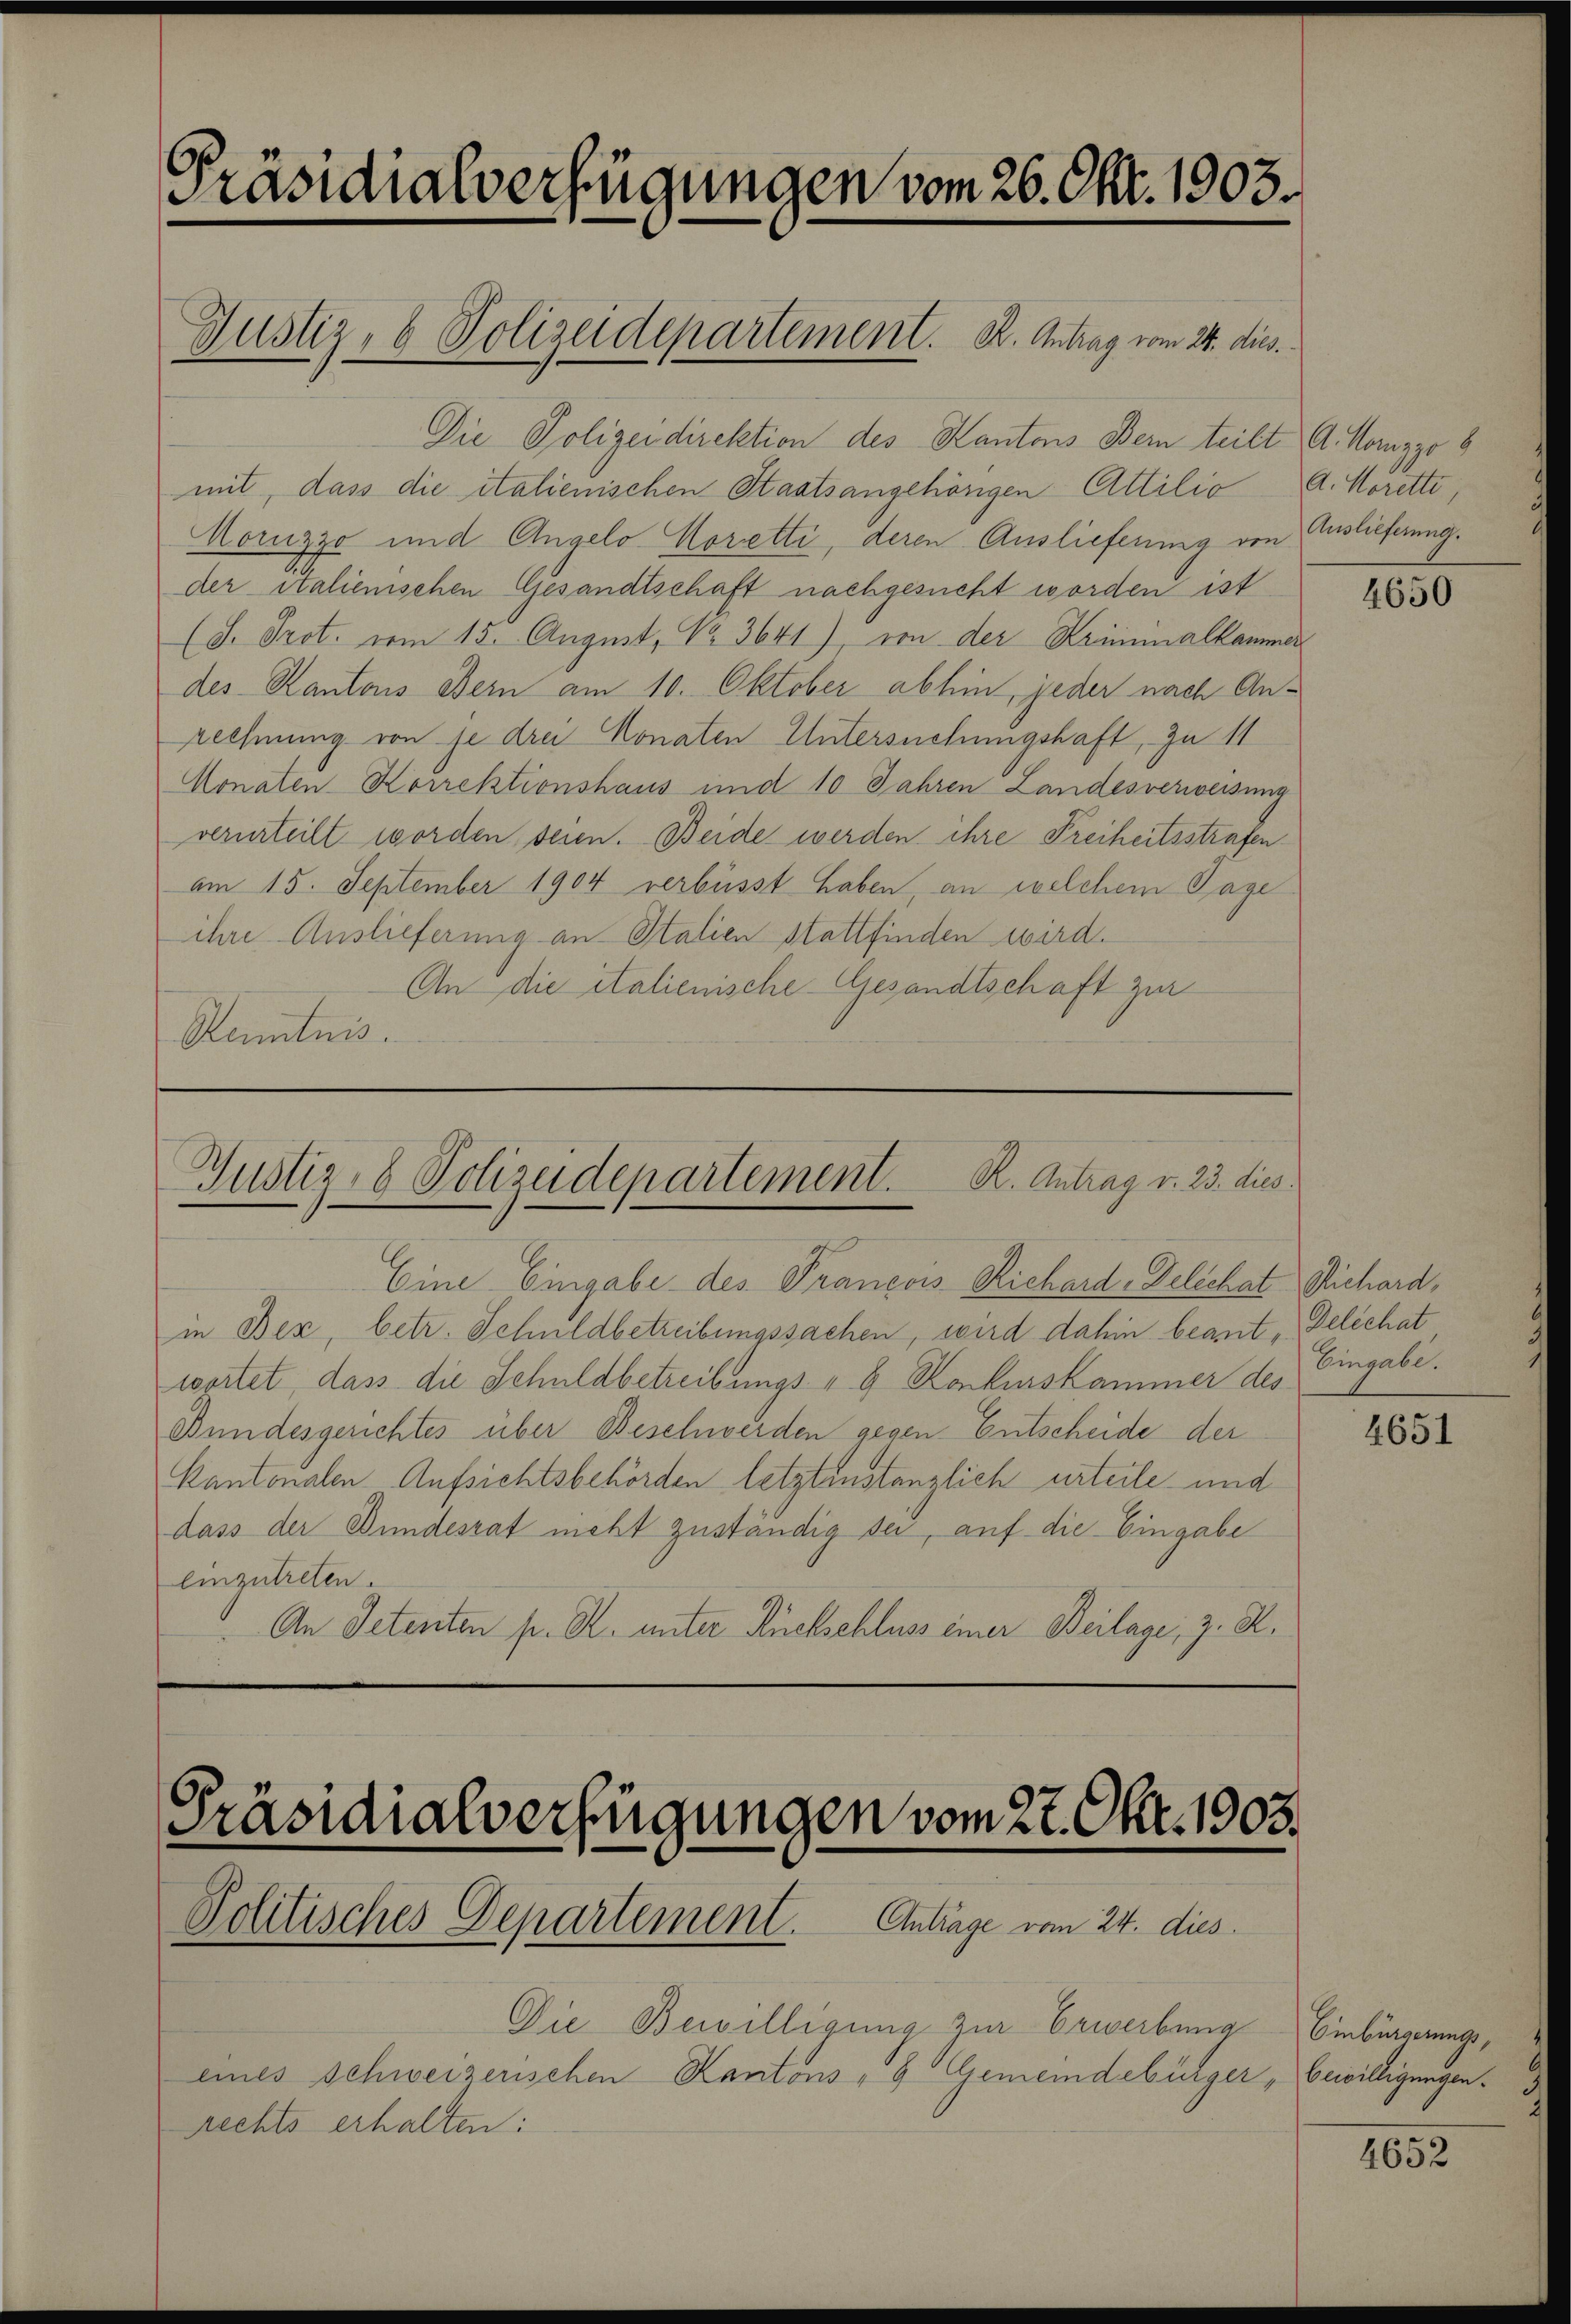
Präsidialverfügungen vom 26. Okt. 1903.
Justiz- & Polizeidepartement. K. Antrag vom 24. dies.

Die Polizeidirektion des Kantons Bern teilt A. Mozzo 8
mit, dass die italienischen Staatsangehörigen Attilio A. Korette
Moruzzo und Angelo Korretti, deren Auslieferung von Auslieferung.
der italienischen Gesandtschaft nachgesucht worden ist
(J. Prot. vom 15. August, Nr. 3641), von der Kriminalkammer
des Kantons Bern am 10. Oktober abhin, jeder nach Anrechnung von je drei Monaten Untersuchungshaft, zu 11
Monaten Korrektionshaus und 10 Jahren Landesverweisung
verurteilt worden seien. Beide werden ihre Freiheitsstrafen
am 15. September 1904 verbüsst haben, an welchem Tage
ihre Auslieferung an Stalien stattfinden wird.
An die italienische Gesandtschaft zur
Kenntnis.

rechts erhalten:

in Bez, betr. Schuldbetreibungssachen, wird dahin beant, Delichat
wortet, dass die Schuldbetreibungs- & Konkurskammer des
Bundesgerichtes über Beschwerden gegen Entscheide der
Kantonalen Aufsichtsbehörden letztenstanzlich urteile und
dass der Bundesrat nicht zuständig sei, auf die Eingabe
einzutreten.
An Detenten pr. R. unter Rückschluss einer Beilage, z. R.

Gustiz- & Polizeidepartement. R. Antrag v. 23. dies.
Eine Eingabe des François Richard, Delichat Sichard,

Präsidialverfügungen vom 27. Okt. 1905.
Politisches Departement. Antrage vom 24. dies
Die Bewilligung zur Erwerbung Einbürgerungs¬

eines Schweizerischen Kantons - 9 Gemeindebürger „bewilligungen.

4650

Eingabe.

4651

4652